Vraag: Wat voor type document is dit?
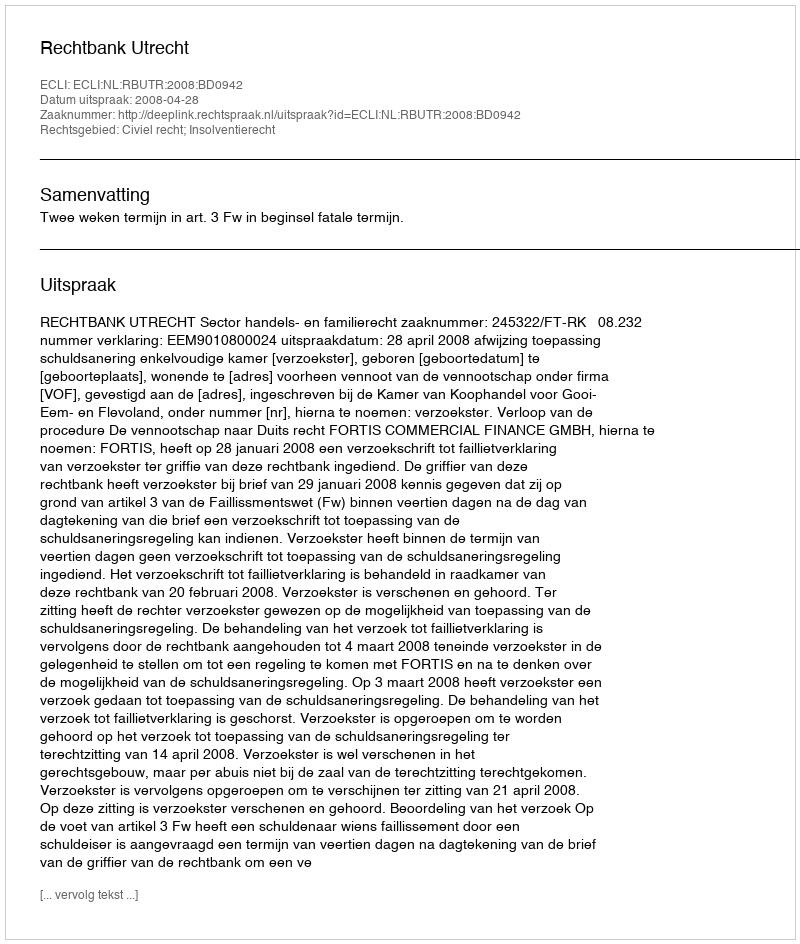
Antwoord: Uitspraak